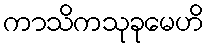
ကာသိကသုခုမေဟိ